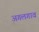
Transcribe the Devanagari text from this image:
अगलगाव